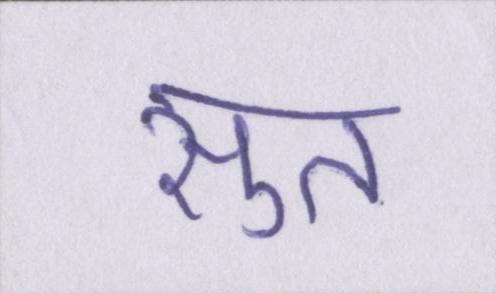
सुत